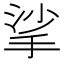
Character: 挲